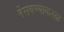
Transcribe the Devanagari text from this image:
नेसवण्याकरता